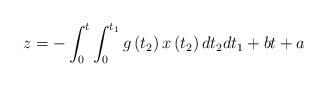
LaTeX: \begin{align*}z=-\int_{0}^{t}\int_{0}^{t_{1}}g\left( t_{2}\right) x\left( t_{2}\right)dt_{2}dt_{1}+bt+a \end{align*}